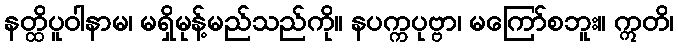
နတ္ထိပူဝါနာမ၊ မရှိမုန့်မည်သည်ကို။ နပက္ကပုဗ္ဗာ၊ မကြော်စဘူး။ ဣတိ၊